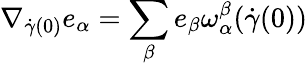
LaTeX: \nabla_{{\dot{\gamma}}(0)}e_{\alpha}=\sum_{\beta}e_{\beta}\omega_{\alpha}^{\beta}({\dot{\gamma}}(0))